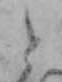
と